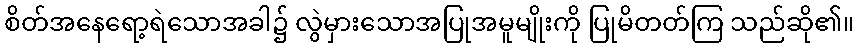
စိတ်အနေရော့ရဲသောအခါ၌ လွဲမှားသောအပြုအမူမျိုးကို ပြုမိတတ်ကြ သည်ဆို၏။